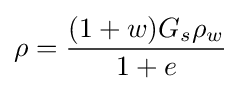
\rho ={\frac {(1+w)G_{s}\rho _{w}}{1+e}}